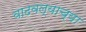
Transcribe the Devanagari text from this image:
वाढवल्याच्या